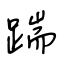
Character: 踹